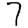
Digit: 7